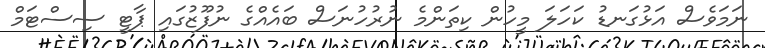
ނަމަވެސް އަޅުގަނޑު ކަހަލަ މީހުން ކިތަންމެ ނުރުހުނަސް ބައެއްގެ ނުފޫޒުގައި ޕާޓީ ސިސްޓަމް